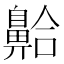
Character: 䶎